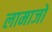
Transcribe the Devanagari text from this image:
लामाजों